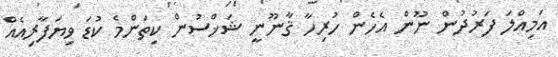
އަމިއްލަ ފަރުދުން ނޫން އެހެން ހުރިހާ ޤާނޫނީ ޝަޚްސުން ކިތަންމެ ކުޑަ ވިޔަފާރިއެއް